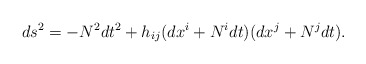
\begin{align*}ds^2 = -N^2 dt^2 +h_{ij}(dx^i+N^i dt)(dx^j+N^j dt).\end{align*}